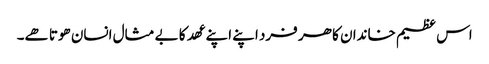
اس عظیم خاندان کا ھر فرد اپنے اپنے عھد کا بے مثال انسان ھوتا ھے۔